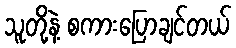
သူတို့နဲ့ စကားပြောချင်တယ်